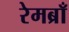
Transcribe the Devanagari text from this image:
रेमब्राँ